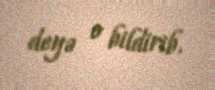
deyə o bildirib.